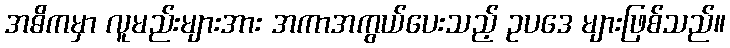
အဓိကမှာ လူမည်းများအား အကာအကွယ်ပေးသည့် ဥပဒေ များဖြစ်သည်။